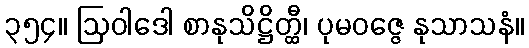
၃၅၄။ ဩဝါဒေါ စာနုသိဋ္ဌိတ္ထီ၊ ပုမဝဇ္ဇေ နုသာသနံ။